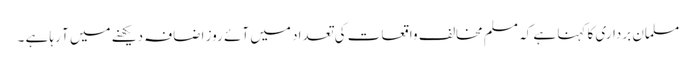
مسلمان برداری کا کہنا ہے کہ مسلم مخالف واقعات کی تعداد میں آئے روز اضافہ دیکھنے میں آ رہا ہے ۔